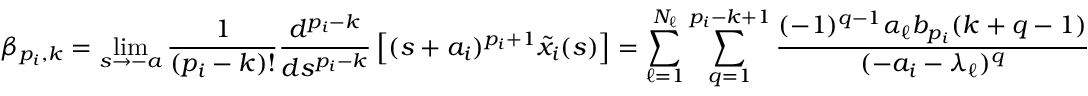
\beta _ { p _ { i } , k } = \operatorname* { l i m } _ { s \rightarrow - a } \frac { 1 } { ( p _ { i } - k ) ! } \frac { d ^ { p _ { i } - k } } { d s ^ { p _ { i } - k } } \left[ ( s + a _ { i } ) ^ { p _ { i } + 1 } \tilde { x } _ { i } ( s ) \right] = \sum _ { \ell = 1 } ^ { N _ { \ell } } \sum _ { q = 1 } ^ { p _ { i } - k + 1 } \frac { ( - 1 ) ^ { q - 1 } \alpha _ { \ell } b _ { p _ { i } } ( k + q - 1 ) } { ( - a _ { i } - \lambda _ { \ell } ) ^ { q } }